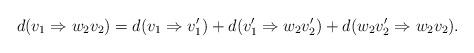
LaTeX: \begin{align*}d(v_1\Rightarrow w_2 v_2) = d(v_1\Rightarrow v_1') + d(v_1'\Rightarrow w_2 v_2') + d(w_2v_2'\Rightarrow w_2 v_2).\end{align*}